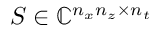
S \in \mathbb { C } ^ { n _ { x } n _ { z } \times n _ { t } }